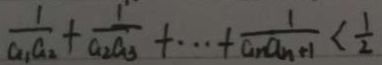
\frac { 1 } { a _ { 1 } a _ { 2 } } + \frac { 1 } { a _ { 2 } a _ { 3 } } + \cdots + \frac { 1 } { a _ { n } a _ { n + 1 } } < \frac { 1 } { 2 }